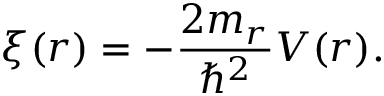
\xi ( r ) = - \frac { 2 m _ { r } } { \hbar ^ { 2 } } V ( r ) .